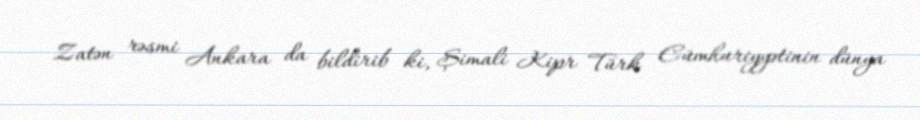
Zatən rəsmi Ankara da bildirib ki, Şimali Kipr Türk Cümhuriyyətinin dünya